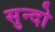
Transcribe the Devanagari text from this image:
सुन्दो